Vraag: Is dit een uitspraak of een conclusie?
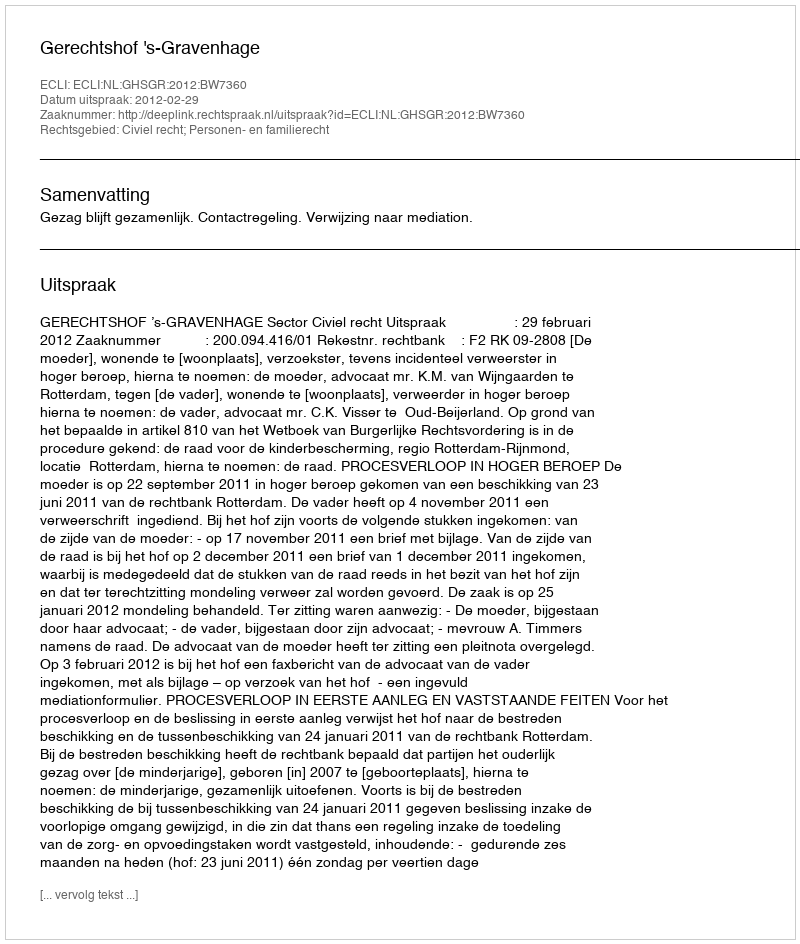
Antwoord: Uitspraak